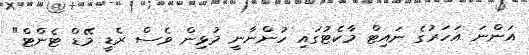
އަންނަ އަހަރުގެ ނައިޓް މާކެޓުގައި ހުންނާނީ މުޅިން ވެސް ރެޑީ މޭޑް ޓެންޓް"